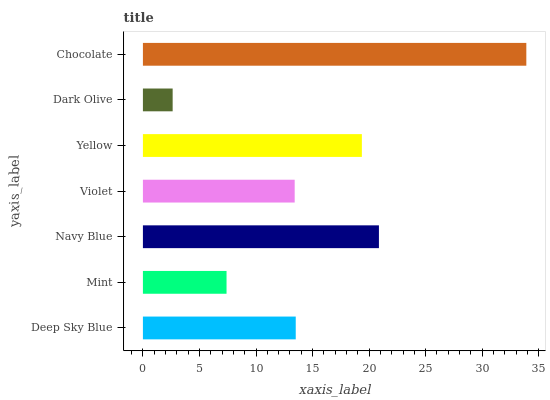
| yaxis_label | bars |
 | --- | --- |
 | Deep Sky Blue | 13.5 |
 | Mint | 7.39 |
 | Navy Blue | 20.9 |
 | Violet | 13.4 |
 | Yellow | 19.4 |
 | Dark Olive | 2.63 |
 | Chocolate | 33.9 |